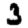
Digit: 3